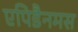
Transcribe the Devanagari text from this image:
एपिडैनमस